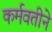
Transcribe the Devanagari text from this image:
कर्मवतीने